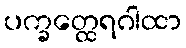
ပက္ခတ္ထေရဂါထာ